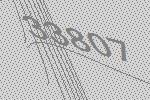
33807